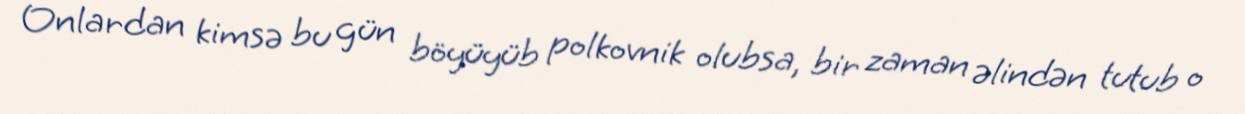
Onlardan kimsə bu gün böyüyüb polkovnik olubsa, bir zaman əlindən tutub o